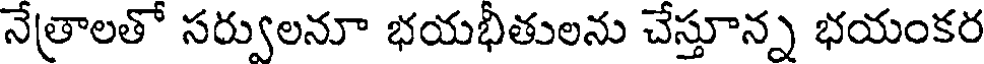
నేత్రాలతో సర్వులనూ భయభితులను చేస్తూన్న భయంకర